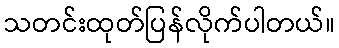
သတင်းထုတ်ပြန်လိုက်ပါတယ်။